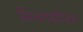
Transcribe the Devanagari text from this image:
सिन्साइटियल